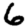
Digit: 6